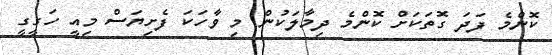
ކޮންމެ ފަދަ ގޮތަކަށް ކޮންމެ ދިމާލަކުން މި ވާހަކަ ފެށިޔަސް މިއީ ހަގީގީ